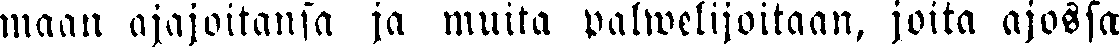
maan ajajoitansa ja muita palwelijoitaan, joita ajossa